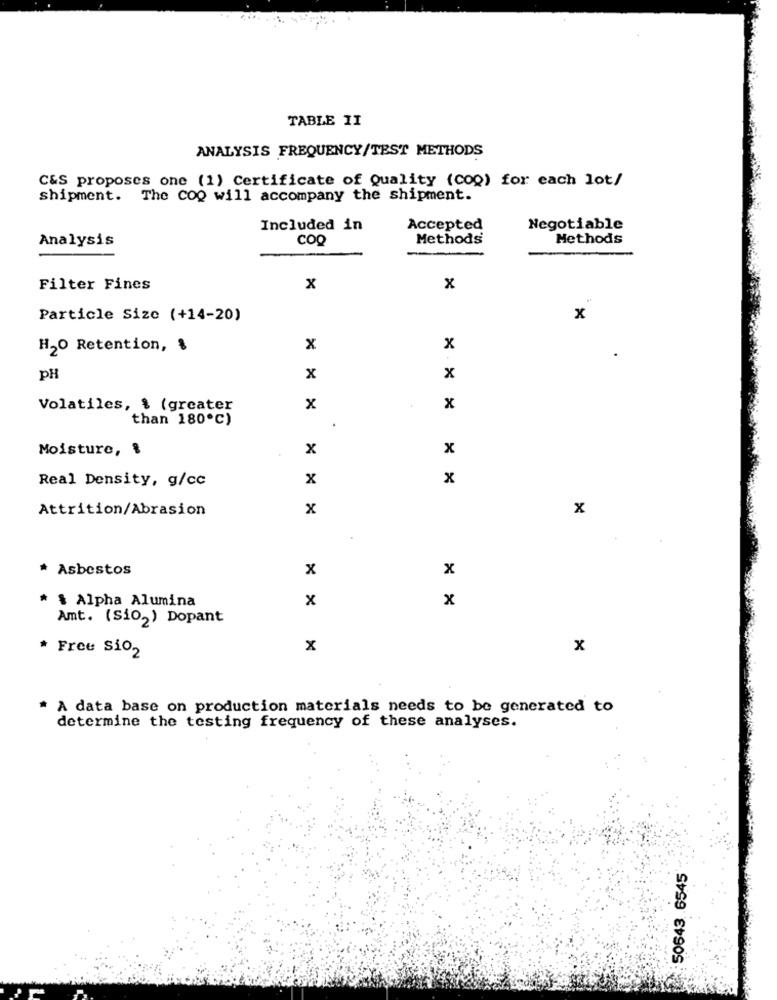
TABLE II
ANALYSIS FREQUENCY/TEST METHODS
C&S proposes one (1) Certificate of Quality (coQ) for each lot/
shipment. The CoQ will accompany the shipment.
Included in
Accepted
Negotiable
Analysis
COQ
Methods
Methods
Filter Fines
x
x
Particle Size (+14-20)
x
H20 Retention, %
x
x
pH
x
x
Volatiles, % (greater
x
x
than 180℃)
Moisture, %
x
x
Real Density, g/cc
x
x
Attrition/Abrasion
x
x
* Asbestos
x
x
x
x
* § Alpha Alumina
Amt. (Sio2) Dopant
Free Sio2
x
x
A data base on production materials needs to be generated to
determine the testing frequency of these analyses.
50643 6545